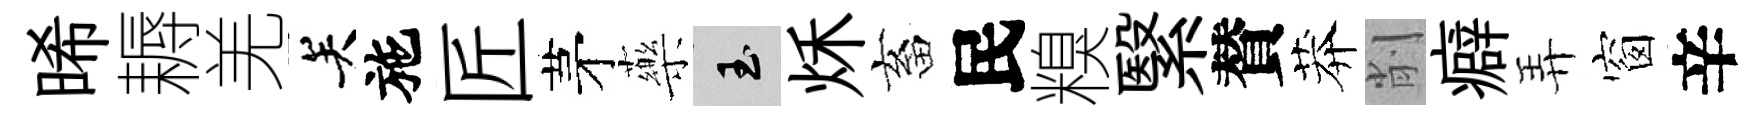
晞耨羌关施匠茅藥玉秌畜民糗繄賛莽削癖弄窗辛